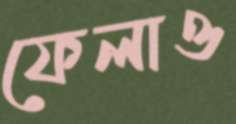
ফেলাও